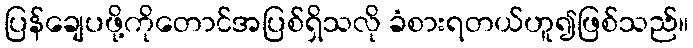
ပြန်ချေပဖို့ကိုတောင်အပြစ်ရှိသလို ခံစားရတယ်ဟူ၍ဖြစ်သည်။